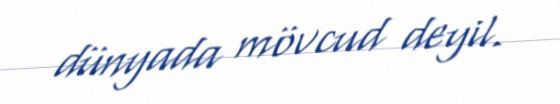
dünyada mövcud deyil.